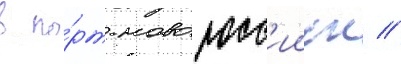
в по́рт новоросс'ииск //